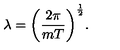
\lambda = \biggl ( { \frac { 2 \pi } { m T } } \biggr ) ^ { \frac { 1 } { 2 } } .